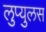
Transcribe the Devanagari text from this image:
लुप्युलस